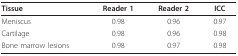
<table><thead><tr><td><b>Tissue</b></td><td><b>Reader 1</b></td><td><b>Reader 2</b></td><td><b>ICC</b></td></tr></thead><tbody><tr><td>Meniscus</td><td>0.98</td><td>0.96</td><td>0.97</td></tr><tr><td>Cartilage</td><td>0.98</td><td>0.96</td><td>0.98</td></tr><tr><td>Bone marrow lesions</td><td>0.98</td><td>0.97</td><td>0.98</td></tr></tbody></table>